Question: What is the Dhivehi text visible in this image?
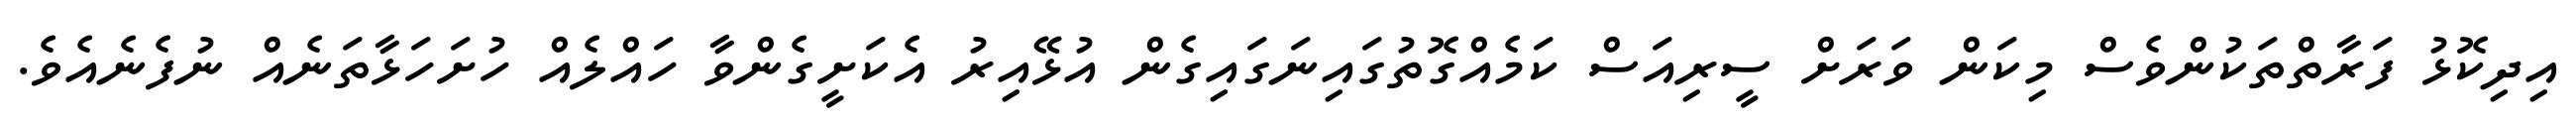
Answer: އިދިކޮޅު ފަރާތްތަކުންވެސް މިކަން ވަރަށް ސީރިއަސް ކަމެއްގޮތުގައިނަގައިގެން އުޅޭއިރު އެކަށީގެންވާ ހައްލެއް ހުށަހަޅާތަނެއް ނުފެނެއެވެ.